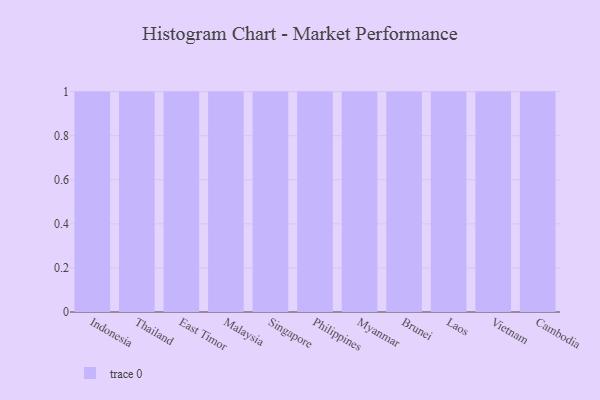
{"axis": {"x": "Country", "y": "Temperature (°C)"}, "legend": [""], "data": [{"x": "Indonesia", "y": 25, "type": ""}, {"x": "Thailand", "y": 53, "type": ""}, {"x": "East Timor", "y": 41, "type": ""}, {"x": "Malaysia", "y": 48, "type": ""}, {"x": "Singapore", "y": 15, "type": ""}, {"x": "Philippines", "y": 100, "type": ""}, {"x": "Myanmar", "y": 86, "type": ""}, {"x": "Brunei", "y": 43, "type": ""}, {"x": "Laos", "y": 39, "type": ""}, {"x": "Vietnam", "y": 35, "type": ""}, {"x": "Cambodia", "y": 26, "type": ""}]}